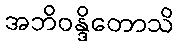
အဘိဝန္ဒိတောသိ